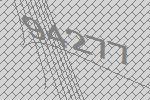
94277